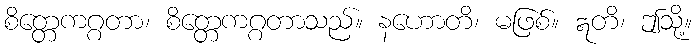
စိတ္တေကဂ္ဂတာ၊ စိတ္တေကဂ္ဂတာသည်။ နဟောတိ၊ မဖြစ်။ ဣတိ၊ ဤသို့။